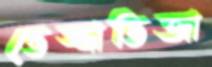
ভেজ্জাভিজা